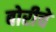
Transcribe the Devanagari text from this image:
बोरीचे